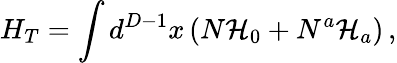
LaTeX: H_{T}=\int d^{D-1}x\left(N\mathcal{H}_{0}+N^{a}\mathcal{H}_{a}\right)\, ,